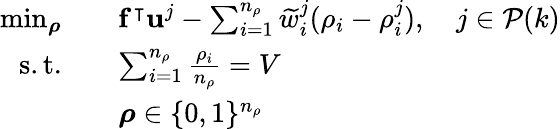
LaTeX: \begin{array}{rl}{\operatorname*{min}_{\boldsymbol{\rho}}}&{\quad\mathbf{f}^{\intercal}\mathbf{u}^{j}-\sum_{i=1}^{n_{\rho}}\widetilde{w}_{i}^{j}(\rho_{i}-\rho_{i}^{j}),\quad j\in\mathcal{P}(k)}\\ {\mathrm{s.t.}}&{\quad\sum_{i=1}^{n_{\rho}}\frac{\rho_{i}}{n_{\rho}}=V}\\ &{\quad\boldsymbol{\rho}\in\{ 0,1\} ^{n_{\rho}}}\end{array}